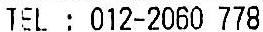
TEL : 012-2060 778